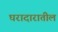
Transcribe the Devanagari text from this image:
घरादारातील